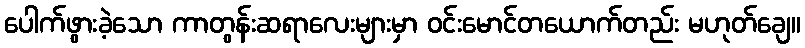
ပေါက်ဖွားခဲ့သော ကာတွန်းဆရာလေးများမှာ ဝင်းမောင်တယောက်တည်း မဟုတ်ချေ။